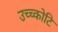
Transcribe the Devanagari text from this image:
उच्च्कोटि